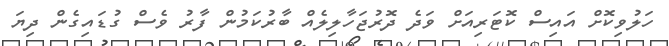
ހަލުވިކޮށް އައިސް ކޮޓަރިއަށް ވަދެ ދޮރުޖަހާލިލެއް ބާރުކަމުން ފާރު ވެސް ގުޑައިގެން ދިޔަ